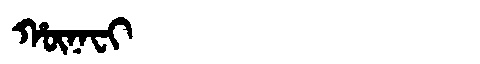
Manchu: ᡥᡡᠨᠠᠸᡳ
Romanization: HŪNAFI